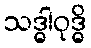
သဒ္ဓါဝုဒ္ဓိ